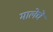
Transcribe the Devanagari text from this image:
मालेचे